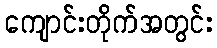
ကျောင်းတိုက်အတွင်း